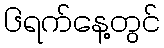
၆ရက်နေ့တွင်